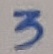
Text: 3